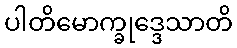
ပါတိမောက္ခုဒ္ဒေသာတိ